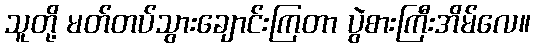
သူတို့ မတ်တပ်သွားချောင်းကြတာ ပွဲစားကြီးအိမ်လေ။